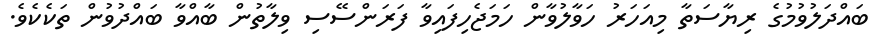
ބައްދަލުވުމުގެ ރިޔާސަތާ މިއަހަރު ހަވާލުވާން ހަމަޖެހިފައިވާ ފަރަންސޭސި ވިލާތުން ބާއްވާ ބައްދުވުން ތަކެކެވެ.